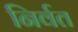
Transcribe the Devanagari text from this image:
निर्वत